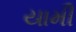
યામી